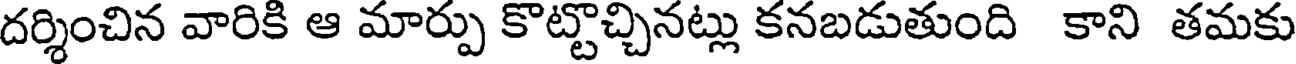
దర్శించిన వారికి ఆ మార్పు కొట్టొచ్చినట్లు కనబడుతుంది కాని తమకు